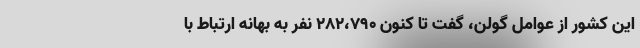
این کشور از عوامل گولن، گفت تا کنون ۲۸۲،۷۹۰ نفر به بهانه ارتباط با